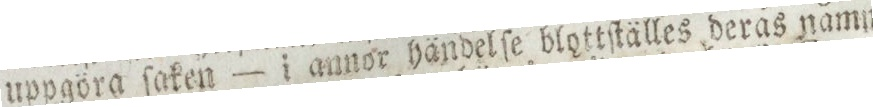
uppgöra ſaken — annor händelſe blottſtälles deras namn